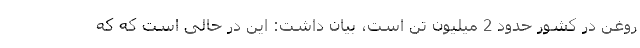
روغن در کشور حدود 2 میلیون تن است، بیان داشت: این در حالی است که که